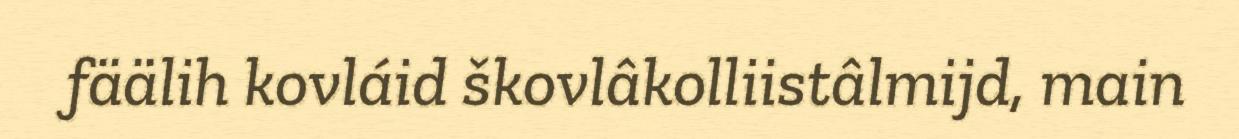
fäälih kovláid škovlâkolliistâlmijd, main